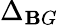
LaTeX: \Delta_{\mathbf{B}G}